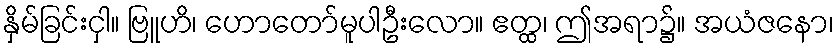
နှိမ်ခြင်းငှါ။ ဗြူဟိ၊ ဟောတော်မူပါဦးလော။ ဧတ္ထ၊ ဤအရာ၌။ အယံဇနော၊